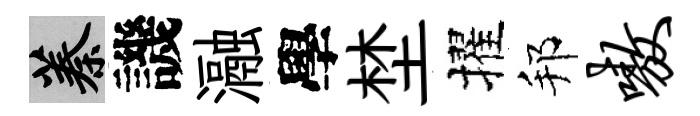
蓁譏瀜學埜擢邦嗷